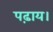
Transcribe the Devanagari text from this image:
पढ़ाय।